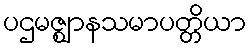
ပဌမဇ္ဈာနသမာပတ္တိယာ